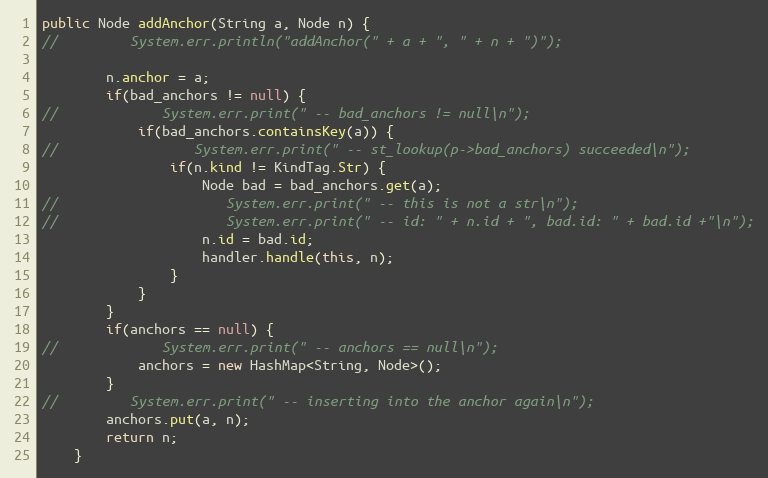
Language: Java
public Node addAnchor(String a, Node n) {
//         System.err.println("addAnchor(" + a + ", " + n + ")");

        n.anchor = a;
        if(bad_anchors != null) {
//             System.err.print(" -- bad_anchors != null\n");
            if(bad_anchors.containsKey(a)) {
//                 System.err.print(" -- st_lookup(p->bad_anchors) succeeded\n");
                if(n.kind != KindTag.Str) {
                    Node bad = bad_anchors.get(a);
//                     System.err.print(" -- this is not a str\n");
//                     System.err.print(" -- id: " + n.id + ", bad.id: " + bad.id +"\n");
                    n.id = bad.id;
                    handler.handle(this, n);
                }
            }
        }
        if(anchors == null) {
//             System.err.print(" -- anchors == null\n");
            anchors = new HashMap<String, Node>();
        }
//         System.err.print(" -- inserting into the anchor again\n");
        anchors.put(a, n);
        return n;
    }